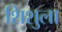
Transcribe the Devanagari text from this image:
शिशुला